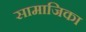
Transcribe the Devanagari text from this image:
सामाजिका